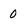
Character: 0